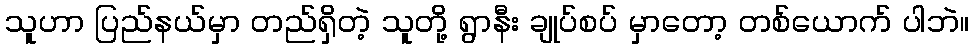
သူဟာ ပြည်နယ်မှာ တည်ရှိတဲ့ သူတို့ ရွာနီး ချုပ်စပ် မှာတော့ တစ်ယောက် ပါဘဲ။